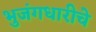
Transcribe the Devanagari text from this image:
भुजंगधारीचे